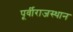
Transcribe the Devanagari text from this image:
पूर्वीराजस्थान